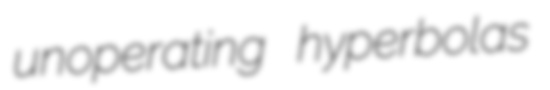
unoperating hyperbolas